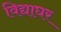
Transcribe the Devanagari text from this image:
विद्याघर